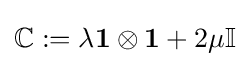
\mathbb {C} :=\lambda \mathbf {1} \otimes \mathbf {1} +2\mu \mathbb {I}